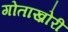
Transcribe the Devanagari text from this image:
गोताख़ोरी